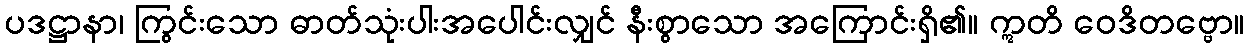
ပဒဋ္ဌာနာ၊ ကြွင်းသော ဓာတ်သုံးပါးအပေါင်းလျှင် နီးစွာသော အကြောင်းရှိ၏။ ဣတိ ဝေဒိတဗ္ဗော။